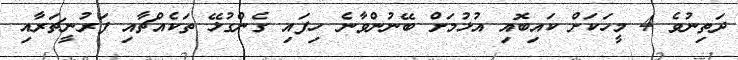
ދަތިނުވެ 4 މީހަކަށް ކައިބޮއި އުޅުމަށް ބޭނުންވާނެ ހިފައި ގެންގުޅޭ ތަކެއްޗާއި ފަރުނީޗަރާއި